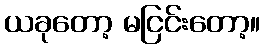
ယခုတော့ မငြင်းတော့။